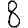
Digit: 8